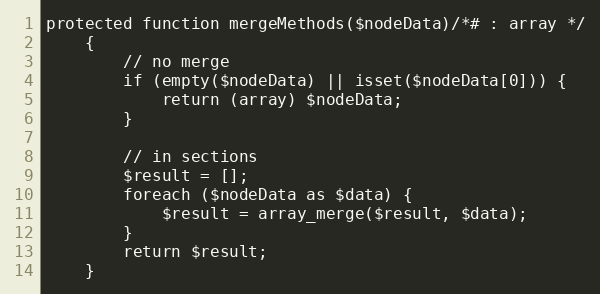
Language: PHP
protected function mergeMethods($nodeData)/*# : array */
    {
        // no merge
        if (empty($nodeData) || isset($nodeData[0])) {
            return (array) $nodeData;
        }

        // in sections
        $result = [];
        foreach ($nodeData as $data) {
            $result = array_merge($result, $data);
        }
        return $result;
    }